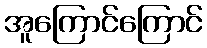
အူကြောင်ကြောင်